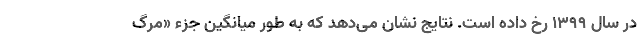
در سال ۱۳۹۹ رخ داده است. نتایج نشان می‌دهد که به طور میانگین جزء «مرگ